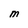
Character: M